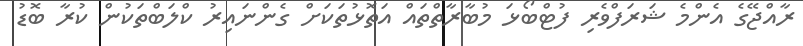
ރާއްޖޭގެ އެންމެ ޝަރަފްވެރި ފުޓްބޯޅަ މުބާރާތްތައް އަތޮޅުތަކަށް ގެންނައިރު ކްލަބްތަކުން ކުރާ ބޮޑު